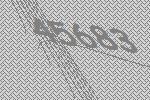
45683